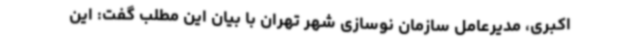
اکبری، مدیرعامل سازمان نوسازی شهر تهران با بیان این مطلب گفت: این